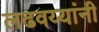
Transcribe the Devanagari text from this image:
लढवय्यांनी